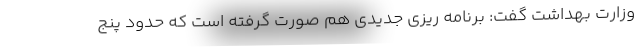
وزارت بهداشت گفت: برنامه ریزی جدیدی هم صورت گرفته است که حدود پنج